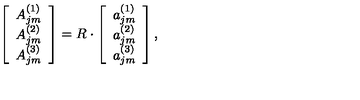
\left[ \begin{array} { c } { A _ { j m } ^ { ( 1 ) } } \\ { A _ { j m } ^ { ( 2 ) } } \\ { A _ { j m } ^ { ( 3 ) } } \\ \end{array} \right] = R \cdot \left[ \begin{array} { c } { a _ { j m } ^ { ( 1 ) } } \\ { a _ { j m } ^ { ( 2 ) } } \\ { a _ { j m } ^ { ( 3 ) } } \\ \end{array} \right] ,